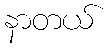
နာတယ်